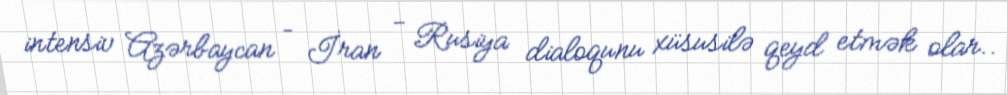
intensiv Azərbaycan – İran - Rusiya dialoqunu xüsusilə qeyd etmək olar..